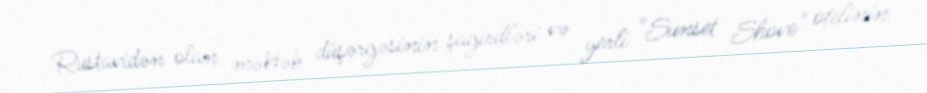
Rustavidən olan məktəb düşərgəsinin şagirdləri və yerli "Sunset Shove" otelinin